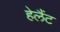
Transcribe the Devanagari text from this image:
हेलैंट